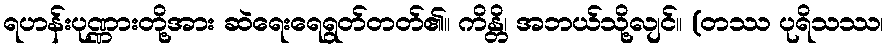
ရဟန်းပုဏ္ဏားတို့အား ဆဲရေးရေရွတ်တတ်၏။ ကိန္တိ၊ အဘယ်သို့လျင်။ (တဿ ပုရိသဿ၊